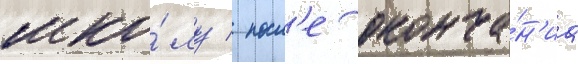
шко́лу / посл'е оконча́н'иа